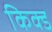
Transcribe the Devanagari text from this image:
किक्ड